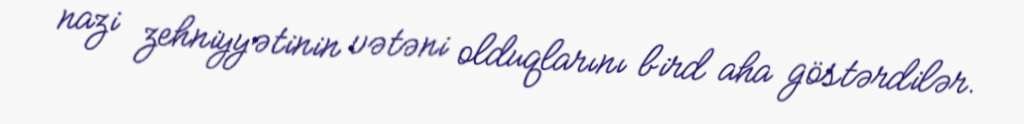
nazi zehniyyətinin vətəni olduqlarını bird aha göstərdilər.